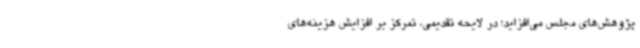
پژوهش‌های مجلس می‌افزاید؛ در لایحه تقدیمی، تمرکز بر افزایش هزینه‌های